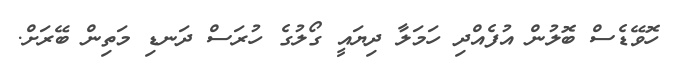
ހޮވޭޑެސް ބޮލުން އުފެއްދި ހަމަލާ ދިޔައީ ގޯލުގެ ހުރަސް ދަނޑި މަތިން ބޭރަށް.